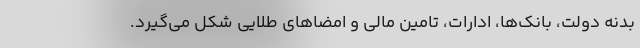
بدنه دولت، بانک‌ها، ادارات، تامین مالی و امضاهای طلایی شکل می‌گیرد.